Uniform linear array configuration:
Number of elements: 64
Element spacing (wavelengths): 0.5
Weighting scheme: kaiser
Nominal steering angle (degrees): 60
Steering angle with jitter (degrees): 58.63
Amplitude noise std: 0.05
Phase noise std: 0.05

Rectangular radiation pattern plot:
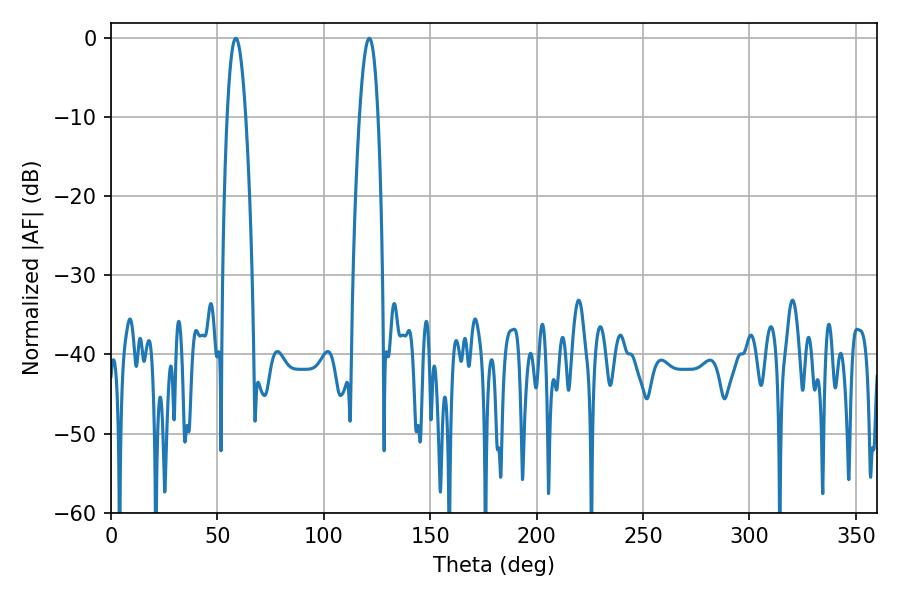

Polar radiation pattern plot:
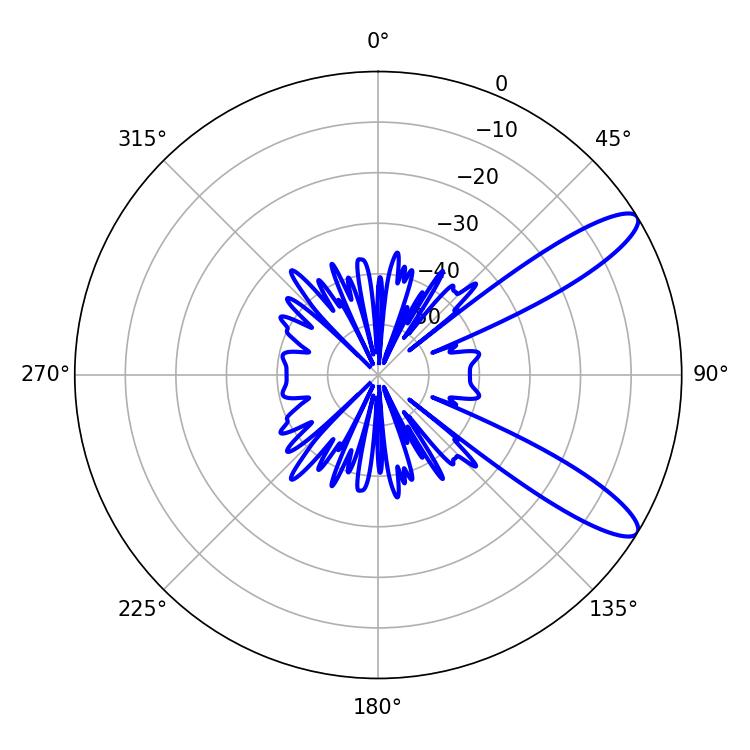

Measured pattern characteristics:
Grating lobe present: FALSE
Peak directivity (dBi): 11.108
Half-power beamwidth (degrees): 4.68
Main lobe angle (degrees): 58.68